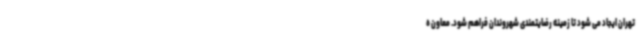
تهران ایجاد می شود تا زمینه رضایتمندی شهروندان فراهم شود. معاون ه